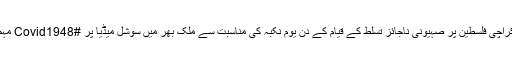
مرکز اطلاعات) کراچی فلسطین پر صہیونی ناجائز تسلط کے قیام کے دن یوم نکبہ کی مناسبت سے ملک بھر میں سوشل میڈیا پر #Covid1948 مہم چلائی جائے گی۔